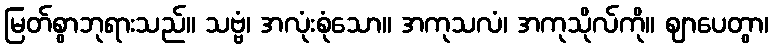
မြတ်စွာဘုရားသည်။ သဗ္ဗံ၊ အလုံးစုံသော။ အကုသလံ၊ အကုသိုလ်ကို။ ဈာပေတွာ၊